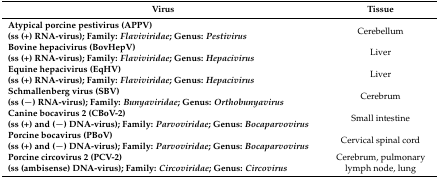
<table><thead><tr><td><b>Virus</b></td><td><b>Tissue</b></td></tr></thead><tbody><tr><td><b>Atypical porcine pestivirus (APPV)</b><b>(ss (+) RNA-virus); Family: <i>Flaviviridae</i>; Genus: <i>Pestivirus</i></b></td><td>Cerebellum</td></tr><tr><td><b>Bovine hepacivirus (BovHepV)</b><b>(ss (+) RNA-virus); Family: <i>Flaviviridae</i>; Genus: <i>Hepacivirus</i></b></td><td>Liver</td></tr><tr><td><b>Equine hepacivirus (EqHV)</b><b>(ss (+) RNA-virus); Family: <i>Flaviviridae</i>; Genus: <i>Hepacivirus</i></b></td><td>Liver</td></tr><tr><td><b>Schmallenberg virus (SBV)</b><b>(ss (−) RNA-virus); Family: <i>Bunyaviridae</i>; Genus: <i>Orthobunyavirus</i></b></td><td>Cerebrum</td></tr><tr><td><b>Canine bocavirus 2 (CBoV-2)</b><b>(ss (+) and (−) DNA-virus); Family: <i>Parvoviridae</i>; Genus: <i>Bocaparvovirus</i></b></td><td>Small intestine</td></tr><tr><td><b>Porcine bocavirus (PBoV)</b><b>(ss (+) and (−) DNA-virus); Family: <i>Parvoviridae</i>; Genus: <i>Bocaparvovirus</i></b></td><td>Cervical spinal cord</td></tr><tr><td><b>Porcine circovirus 2 (PCV-2)</b><b>(ss (ambisense) DNA-virus); Family: <i>Circoviridae</i>; Genus: <i>Circovirus</i></b></td><td>Cerebrum, pulmonary lymph node, lung</td></tr></tbody></table>